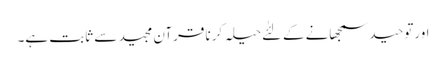
اورتوحید سمجھانے کے لئٰے حیلہ کرنا قرآن مجید سے ثابت ہے۔